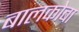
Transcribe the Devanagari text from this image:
बालकोबा